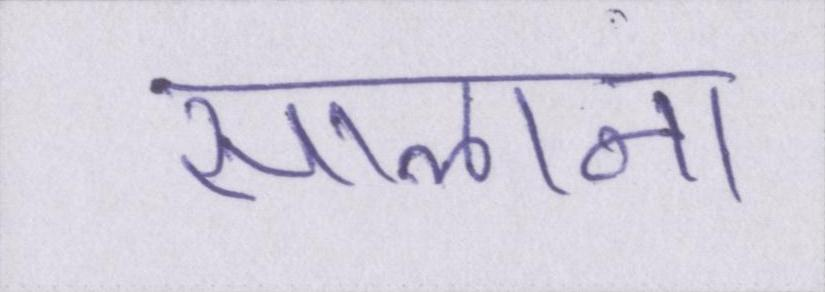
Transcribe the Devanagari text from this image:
सालाना